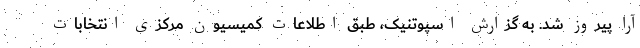
آرا پیروز شد. به گزارش اسپوتنیک، طبق اطلاعات کمیسیون مرکزی انتخابات